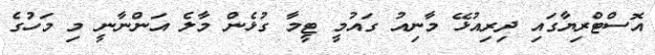
އޮސްޓްރިޔާގައި ދިރިއުޅޭ މާނިއު ގައުމީ ޓީމާ ގުޅެން މާލެ އަންނާނީ މި މަހުގެ